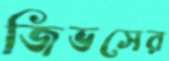
জিভসের